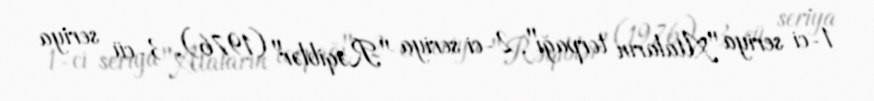
1-ci seriya "Ataların torpağı", 2-ci seriya "Rəqiblər" (1976), 3-cü seriya